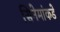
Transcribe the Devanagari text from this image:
सिनेमांकडे